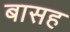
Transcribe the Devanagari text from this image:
बासह